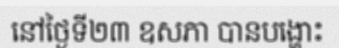
នៅថ្ងៃទី២៣ ឧសភា បានបង្ហោះ